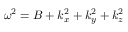
\omega ^ { 2 } = B + k _ { x } ^ { 2 } + k _ { y } ^ { 2 } + k _ { z } ^ { 2 }